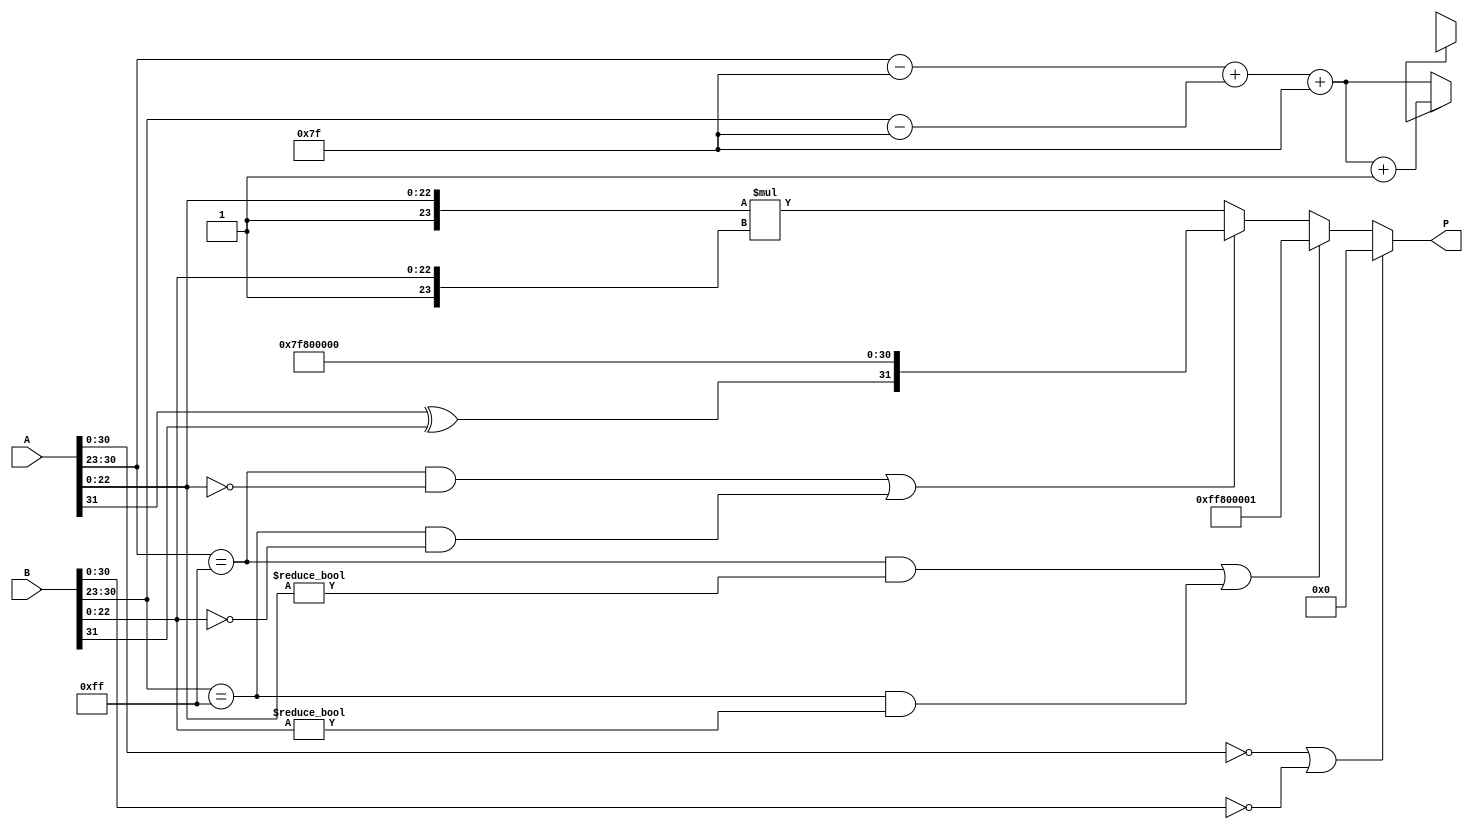
module floating_point_multiplier (
    input  wire [31:0] A,  // First floating-point operand
    input  wire [31:0] B,  // Second floating-point operand
    output wire [31:0] P   // Product of A and B
);

// Decompose the inputs A and B
wire sign_A = A[31];
wire [7:0] exp_A = A[30:23];
wire [22:0] mant_A = A[22:0];

wire sign_B = B[31];
wire [7:0] exp_B = B[30:23];
wire [22:0] mant_B = B[22:0];

// Intermediate signals
wire sign_P;                  // Sign of the output
wire [7:0] exp_P;            // Exponent of the output
wire [47:0] mant_P;          // Product of the mantissas (48 bits)

// Handle special cases: zero, NaN, infinity
wire is_zero_A = (A[30:0] == 0);
wire is_zero_B = (B[30:0] == 0);
wire is_NaN_A = (A[30:23] == 8'hFF) && (A[22:0] != 0);
wire is_NaN_B = (B[30:23] == 8'hFF) && (B[22:0] != 0);
wire is_inf_A = (A[30:23] == 8'hFF) && (A[22:0] == 0);
wire is_inf_B = (B[30:23] == 8'hFF) && (B[22:0] == 0);

assign sign_P = sign_A ^ sign_B;

// Handle zero case
assign P = (is_zero_A || is_zero_B) ? 32'b0 : (
    // Handle NaN case
    is_NaN_A || is_NaN_B ? {1'b1, 8'hFF, 23'b1} : (
        // Handle infinity case
        (is_inf_A || is_inf_B) ? {sign_P, 8'hFF, 23'b0} : (
            // Normal multiplication of mantissas
            {1'b1, mant_A} * {1'b1, mant_B}
        )
    )
);

// Exponent calculation
wire [8:0] exp_A_bias = {1'b0, exp_A} - 8'd127; // Remove bias
wire [8:0] exp_B_bias = {1'b0, exp_B} - 8'd127;

wire [8:0] exp_sum = exp_A_bias + exp_B_bias + 8'd127; // Add exponents and re-add bias
assign exp_P = exp_sum[7:0]; // Take lower 8 bits

// Normalize the mantissa
reg [23:0] mantissa_normalized;
reg [7:0] final_exp;
always @(*) begin
    if (mant_P[47]) begin
        mantissa_normalized = mant_P[46:23]; // Shift right
        final_exp = exp_P + 1; // Increase exponent
    end else begin
        mantissa_normalized = mant_P[45:22]; // Keep as is
        final_exp = exp_P;
    end
end

// Assemble the final output
assign P = {sign_P, final_exp, mantissa_normalized[22:0]};

endmodule